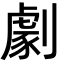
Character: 劇